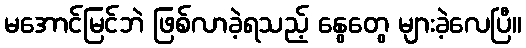
မအောင်မြင်ဘဲ ဖြစ်လာခဲ့ရသည့် နွေတွေ များခဲ့လေပြီ။